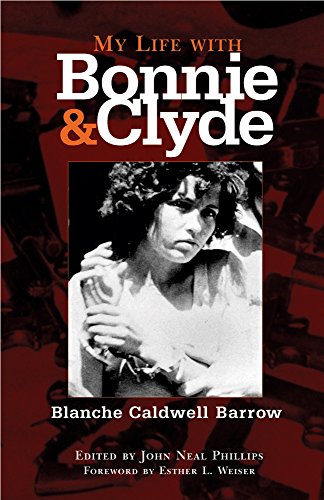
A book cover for My Life with Bonnie and Clyde; Blanche Caldwell Barrow; Biographies & Memoirs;